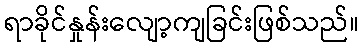
ရာခိုင်နှုန်းလျော့ကျခြင်းဖြစ်သည်။